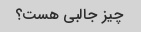
چیز جالبی هست؟